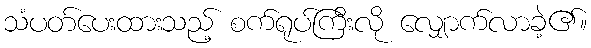
သံပတ်ပေးထားသည့် စက်ရုပ်ကြီးလို လျှောက်လာခဲ့၏။